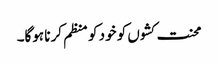
محنت کشوں کو خود کو منظم کرنا ہوگا۔